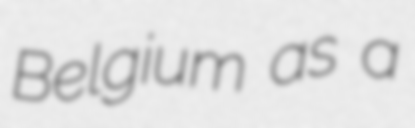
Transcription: Belgium as a